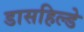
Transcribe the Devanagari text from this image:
डासहिल्डे